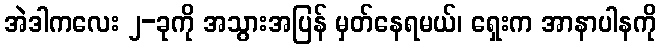
အဲဒါကလေး ၂-ခုကို အသွားအပြန် မှတ်နေရမယ်၊ ရှေးက အာနာပါနကို